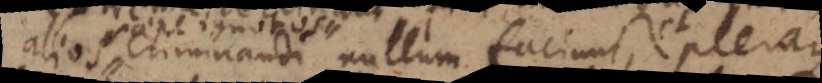
alios criminandi nullum faciunt, et